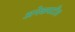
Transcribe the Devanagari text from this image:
अनेकपटीत